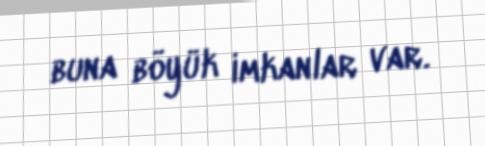
buna böyük imkanlar var.